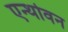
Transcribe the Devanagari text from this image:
एन्थोवन